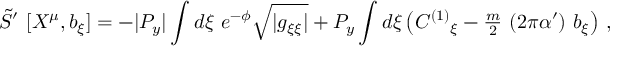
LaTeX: \tilde { S } ^ { \prime } \ [ X ^ { \mu } , b _ { \xi } ] = - | P _ { y } | \int d \xi \ e ^ { - \phi } \sqrt { | g _ { \xi \xi } | } + P _ { y } \int d \xi \left( C ^ { ( 1 ) } { } _ { \xi } - { \textstyle \frac { m } { 2 } } \ ( 2 \pi \alpha ^ { \prime } ) \ b _ { \xi } \right) \, ,